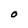
Character: O